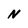
Character: N